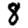
Digit: 8